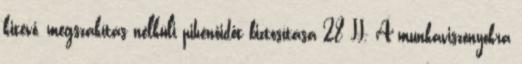
kitevő, megszakítás nélküli pihenőidőt biztosítása 28 II. A munkaviszonyokra